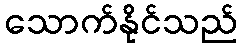
သောက်နိုင်သည်